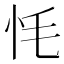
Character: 𢗳